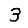
Digit: 3